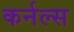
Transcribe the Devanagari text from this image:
कर्नल्स